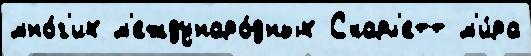
мно́г'их м'еждунаро́дных Скарл'етт м'и́ра